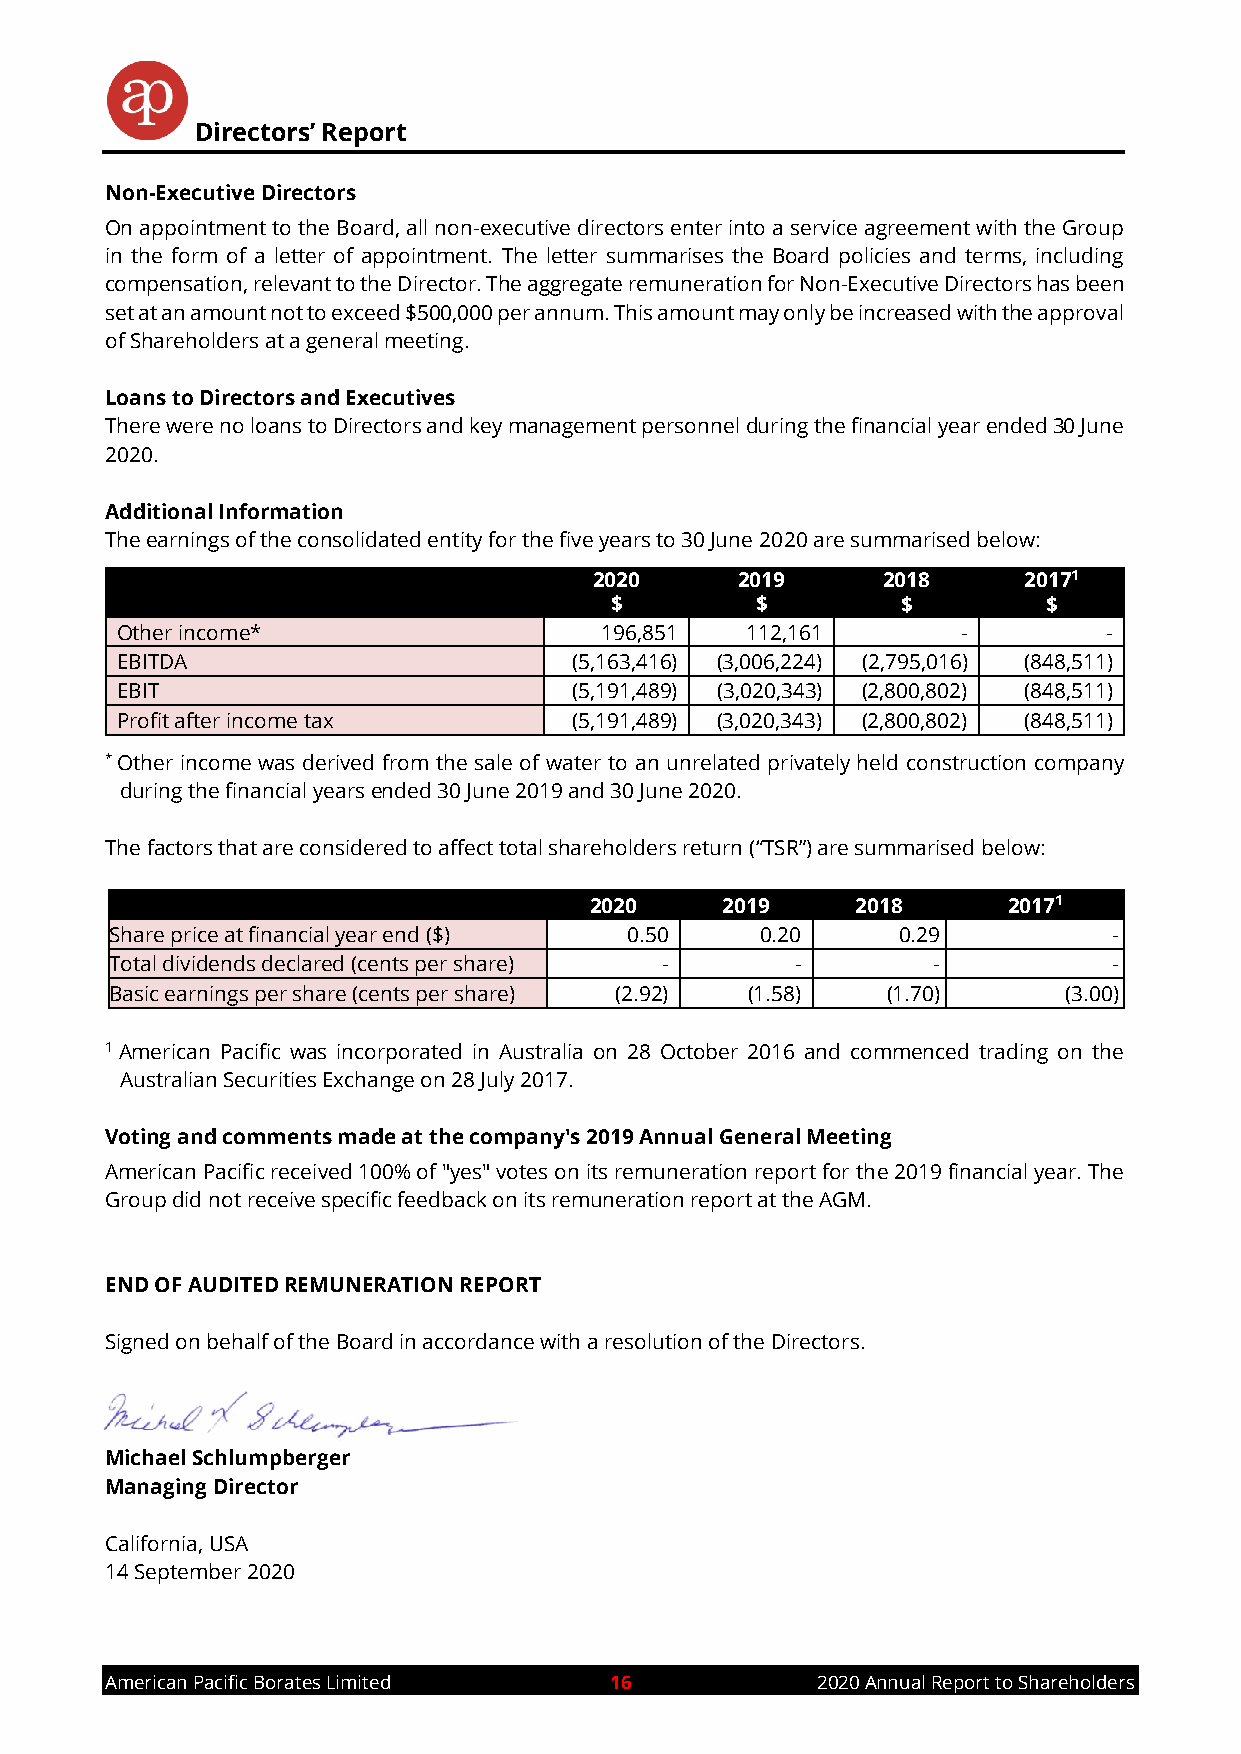
Directors’ Report
 Non-Executive Directors
 On appointment to the Board, all non-executive directors enter into a service agreement with the Group
 in the form of a letter of appointment. The letter summarises the Board policies and terms, including
 compensation, relevant to the Director. The aggregate remuneration for Non-Executive Directors has been
 set at an amount not to exceed $500,000 per annum. This amount may only be increased with the approval
 of Shareholders at a general meeting.
 Loans to Directors and Executives
 There were no loans to Directors and key management personnel during the financial year ended 30 June
 2020.
 Additional Information
 The earnings of the consolidated entity for the five years to 30 June 2020 are summarised below:
 2020      2019     2018      20171
 $         $         $        $
 Other income*                   196,851  112,161        -        -
 EBITDA                        (5,163,416) (3,006,224) (2,795,016) (848,511)
 EBIT                          (5,191,489) (3,020,343) (2,800,802) (848,511)
 Profit after income tax       (5,191,489) (3,020,343) (2,800,802) (848,511)
 * Other income was derived from the sale of water to an unrelated privately held construction company
 during the financial years ended 30 June 2019 and 30 June 2020.
 The factors that are considered to affect total shareholders return (“TSR”) are summarised below:
 2020     2019     2018      20171
 Share price at financial year end ($) 0.50 0.20     0.29           -
 Total dividends declared (cents per share) -  -        -           -
 Basic earnings per share (cents per share) (2.92) (1.58) (1.70) (3.00)
 1 American Pacific was incorporated in Australia on 28 October 2016 and commenced trading on the
 Australian Securities Exchange on 28 July 2017.
 Voting and comments made at the company's 2019 Annual General Meeting
 American Pacific received 100% of "yes" votes on its remuneration report for the 2019 financial year. The
 Group did not receive specific feedback on its remuneration report at the AGM.
 END OF AUDITED REMUNERATION REPORT
 Signed on behalf of the Board in accordance with a resolution of the Directors.
 Michael Schlumpberger
 Managing Director
 California, USA
 14 September 2020
 American Pacific Borates Limited 16            2020 Annual Report to Shareholders